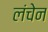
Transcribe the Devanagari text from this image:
लंचेन